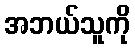
အဘယ်သူကို